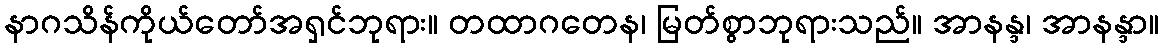
နာဂသိန်ကိုယ်တော်အရှင်ဘုရား။ တထာဂတေန၊ မြတ်စွာဘုရားသည်။ အာနန္ဒ၊ အာနန္ဒာ။